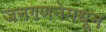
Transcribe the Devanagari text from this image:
जनगणनेमधून